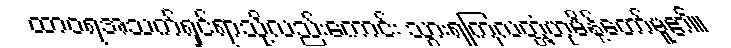
ထာဝရအသက်ရှင်ရာသို့လည်းကောင်း သွားရကြလတ္တံ့ဟုမိန့်တော်မူ၏။